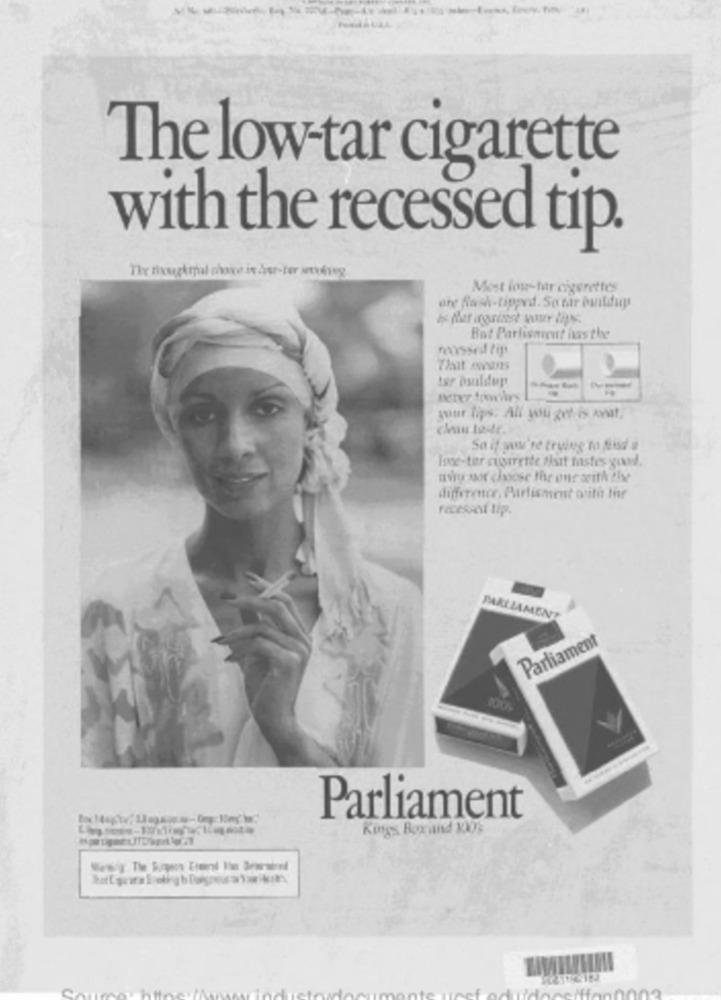
The low-tar cigarette
with the recessed tip.
The ringkrpal chave is åsr-ter stréreg
Most ios-tar cigarettes
are Such-tipped. So mar buildup
Bot Parliament iss the
rossed tip
tar buildup
your lips. All you get is wwat
Sa if you're trying to foisd a
love-ter cugarette tisat mastes good.
awry ssor choose the one with the
difference, Parlisment oritet Ihr
PARLIAMENT
Parliament
Parliament
Kings Boxand 100's